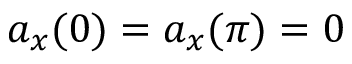
a _ { x } ( 0 ) = a _ { x } ( \pi ) = 0